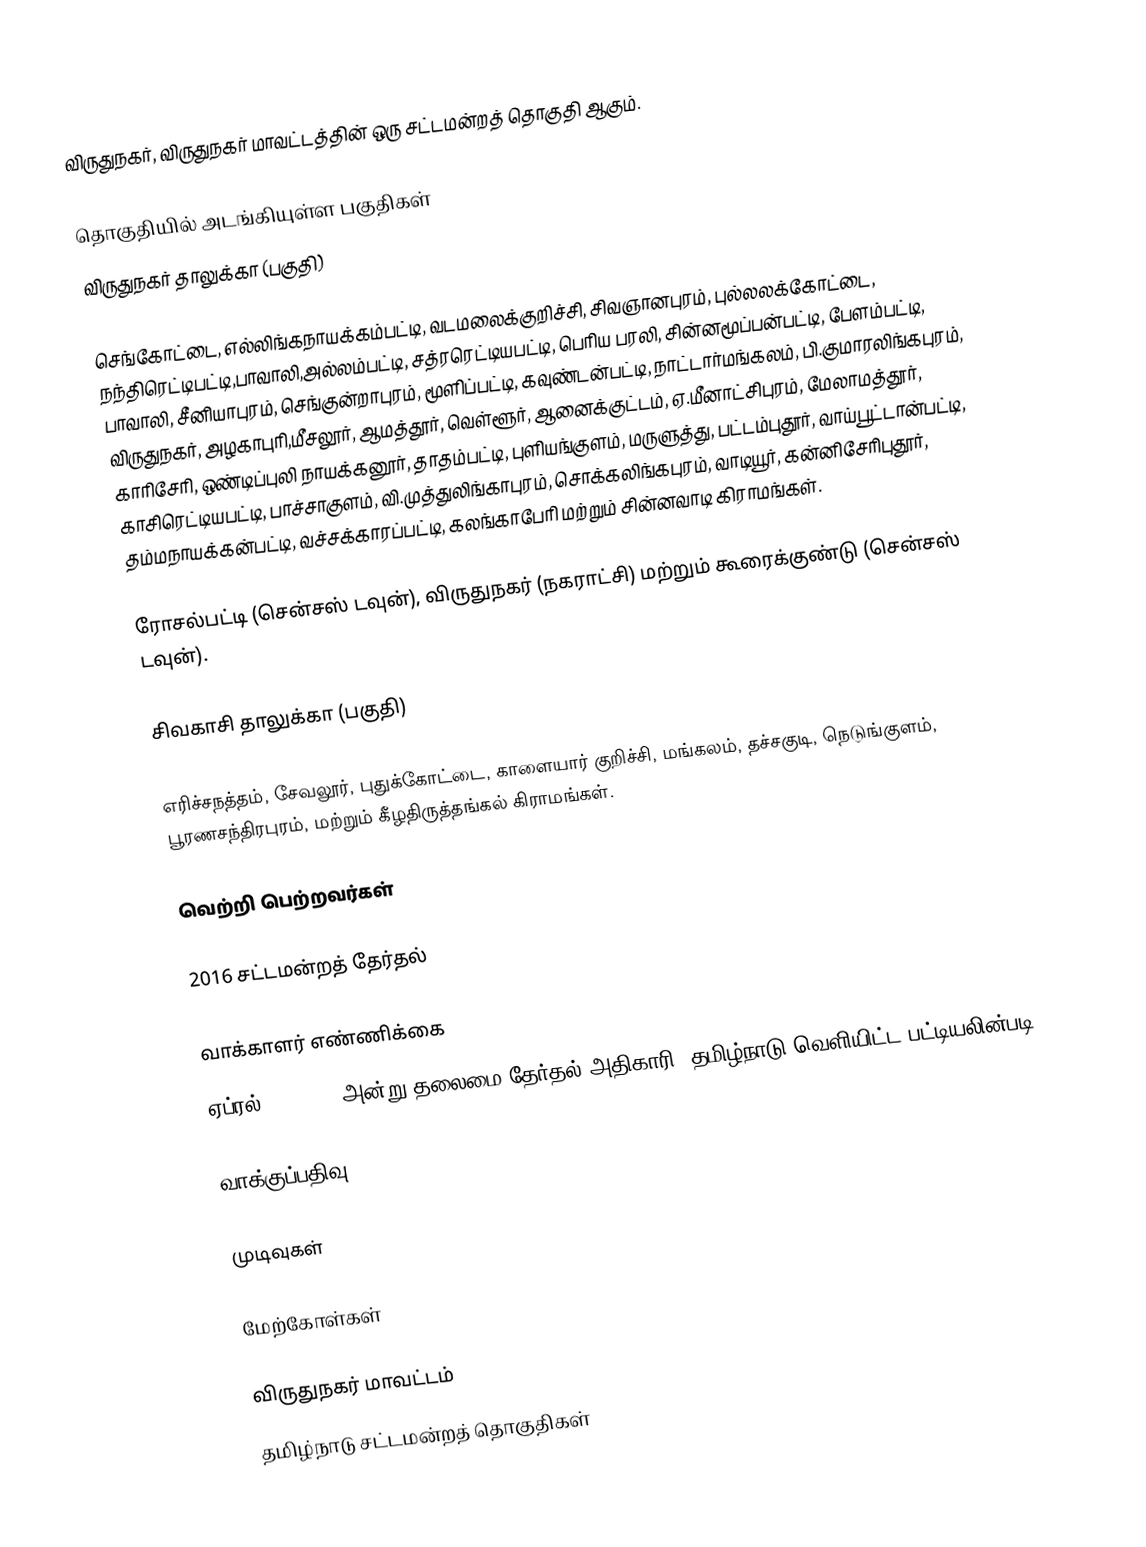
விருதுநகர், விருதுநகர் மாவட்டத்தின் ஒரு சட்டமன்றத் தொகுதி ஆகும்.

தொகுதியில் அடங்கியுள்ள பகுதிகள்
விருதுநகர் தாலுக்கா (பகுதி)

செங்கோட்டை, எல்லிங்கநாயக்கம்பட்டி, வடமலைக்குறிச்சி, சிவஞானபுரம், புல்லலக்கோட்டை, நந்திரெட்டிபட்டி,பாவாலி,அல்லம்பட்டி, சத்ரரெட்டியபட்டி, பெரிய பரலி, சின்னமூப்பன்பட்டி, பேளம்பட்டி, பாவாலி, சீனியாபுரம், செங்குன்றாபுரம், மூளிப்பட்டி, கவுண்டன்பட்டி, நாட்டார்மங்கலம், பி.குமாரலிங்கபுரம், விருதுநகர், அழகாபுரி,மீசலூர், ஆமத்தூர், வெள்ளூர், ஆனைக்குட்டம், ஏ.மீனாட்சிபுரம், மேலாமத்தூர், காரிசேரி, ஒண்டிப்புலி நாயக்கனூர், தாதம்பட்டி, புளியங்குளம், மருளுத்து, பட்டம்புதூர், வாய்பூட்டான்பட்டி, காசிரெட்டியபட்டி, பாச்சாகுளம், வி.முத்துலிங்காபுரம், சொக்கலிங்கபுரம், வாடியூர், கன்னிசேரிபுதூர், தம்மநாயக்கன்பட்டி, வச்சக்காரப்பட்டி, கலங்காபேரி மற்றும் சின்னவாடி கிராமங்கள்.

ரோசல்பட்டி (சென்சஸ் டவுன்), விருதுநகர் (நகராட்சி) மற்றும் கூரைக்குண்டு (சென்சஸ் டவுன்).

சிவகாசி தாலுக்கா (பகுதி)

எரிச்சநத்தம், சேவலூர், புதுக்கோட்டை, காளையார் குறிச்சி, மங்கலம், தச்சகுடி, நெடுங்குளம், பூரணசந்திரபுரம், மற்றும் கீழதிருத்தங்கல் கிராமங்கள்.

வெற்றி பெற்றவர்கள்

2016 சட்டமன்றத் தேர்தல்

வாக்காளர் எண்ணிக்கை
ஏப்ரல் 29, 2016 அன்று தலைமை தேர்தல் அதிகாரி, தமிழ்நாடு வெளியிட்ட பட்டியலின்படி,

வாக்குப்பதிவு

முடிவுகள்

மேற்கோள்கள்

விருதுநகர் மாவட்டம்
தமிழ்நாடு சட்டமன்றத் தொகுதிகள்